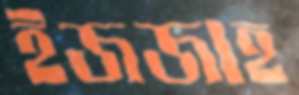
ইজজাহ